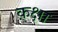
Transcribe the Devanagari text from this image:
क़क्षा